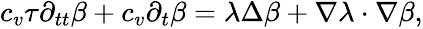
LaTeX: \begin{array}{r}{c_{v}\tau\partial_{tt}\beta+c_{v}\partial_{t}\beta=\lambda\Delta\beta+\nabla\lambda\cdot\nabla\beta,}\end{array}